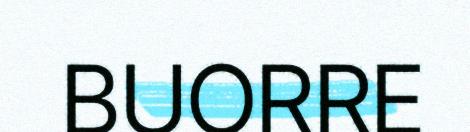
BUORRE